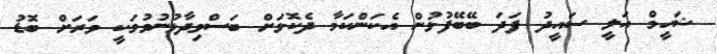
ޝަހީމް އަލީ ސައީދު ފަދަ ބޭބޭފުޅުން އެކަންކަަމާ ދެކޮޅަށް ބަސްވިދާޅުނުވުމަކީ ވަރަށް ބޮޑު